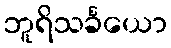
ဘူရိသင်္ခယော